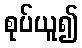
စုပ်ယူ၍